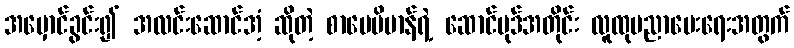
အမှောင်ခွင်း၍ အလင်းဆောင်အံ့ ဆိုတဲ့ စာပေဗိမာန်ရဲ့ ဆောင်ပုဒ်အတိုင်း လူထုပညာပေးရေးအတွက်